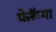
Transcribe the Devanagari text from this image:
फेरूॅगा